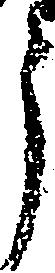
う